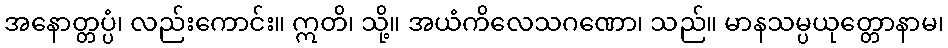
အနောတ္တပ္ပံ၊ လည်းကောင်း။ ဣတိ၊ သို့။ အယံကိလေသဂဏော၊ သည်။ မာနသမ္ပယုတ္တောနာမ၊